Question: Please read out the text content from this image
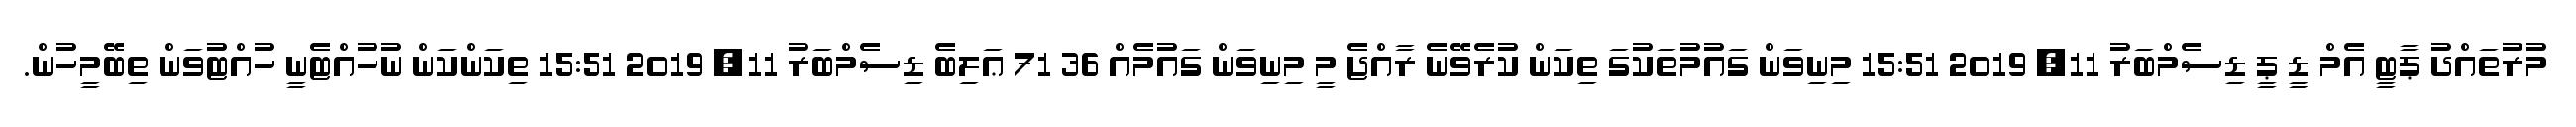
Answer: މުރުތައްދު ޕާޓީ އެމް ޑީ ޕީ ޑިސެމްބަރު 11, 2019 15:51 މިނިވަން ގައުމުތަކުގަ ތިކަން ކުރެވޭނެ ރާއްޖެ މީ މިނިވަން ގައުމެއް 36 71 ޢަލިބެ ޑިސެމްބަރު 11, 2019 15:51 ތިކަންކަން ނުހުއްޓެނީ ހުއްޓުވަން ތިބޭމީހުން.